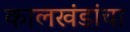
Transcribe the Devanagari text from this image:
कालखंडांचा